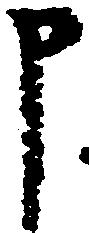
申